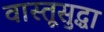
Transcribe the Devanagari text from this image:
वास्तूसुद्धा